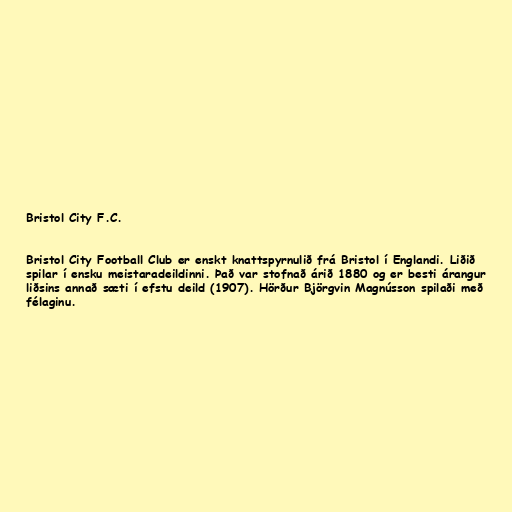
Bristol City F.C.

Bristol City Football Club er enskt knattspyrnulið frá Bristol í Englandi. Liðið
spilar í ensku meistaradeildinni. Það var stofnað árið 1880 og er besti árangur
liðsins annað sæti í efstu deild (1907). Hörður Björgvin Magnússon spilaði með
félaginu.